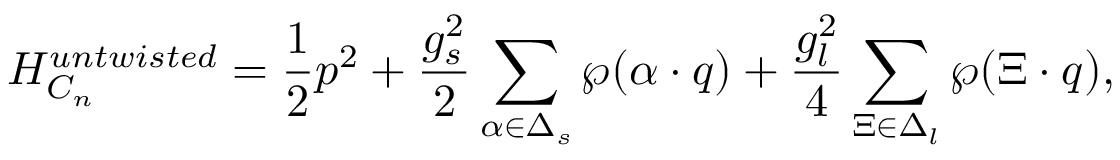
{ \cal H } _ { C _ { n } } ^ { u n t w i s t e d } = { \frac { 1 } { 2 } } p ^ { 2 } + { \frac { g _ { s } ^ { 2 } } { 2 } } \sum _ { \alpha \in \Delta _ { s } } \wp ( \alpha \cdot q ) + { \frac { g _ { l } ^ { 2 } } { 4 } } \sum _ { \Xi \in \Delta _ { l } } \wp ( \Xi \cdot q ) ,